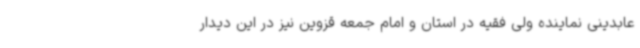
عابدینی نماینده ولی فقیه در استان و امام جمعه قزوین نیز در این دیدار